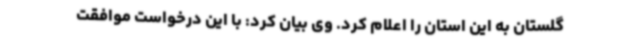
گلستان به این استان را اعلام کرد. وی بیان کرد: با این درخواست موافقت